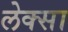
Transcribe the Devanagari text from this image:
लेक्सा